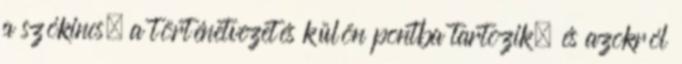
a szókincs, a történetvezetés külön pontba tartozik, és azokról